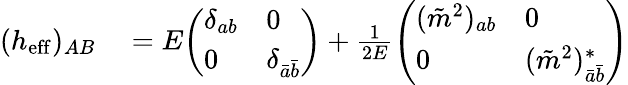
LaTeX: \begin{array}{rl}{(h_{\mathrm{eff}})_{AB}}&{{}=E{\left(\begin{array}{ll}{\delta_{ab}}&{0}\\ {0}&{\delta_{{\bar{a}}{\bar{b}}}}\end{array}\right)}+{\frac{1}{2E}}{\left(\begin{array}{ll}{({\tilde{m}}^{2})_{ab}}&{0}\\ {0}&{({\tilde{m}}^{2})_{{\bar{a}}{\bar{b}}}^{*}}\end{array}\right)}}\end{array}